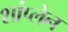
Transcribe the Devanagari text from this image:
शांप्लेन